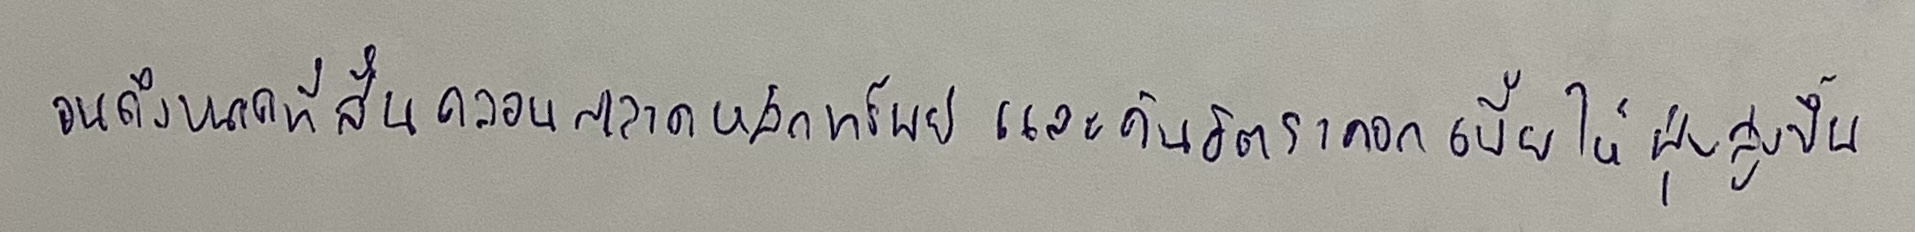
จนถึงขนาดที่สั่นคลอนตลาดหลักทรัพย์และดันอัตราดอกเบี้ยให้พุ่งสูงขึ้น